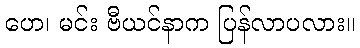
ဟေ၊ မင်း ဗီယင်နာက ပြန်လာပလား။